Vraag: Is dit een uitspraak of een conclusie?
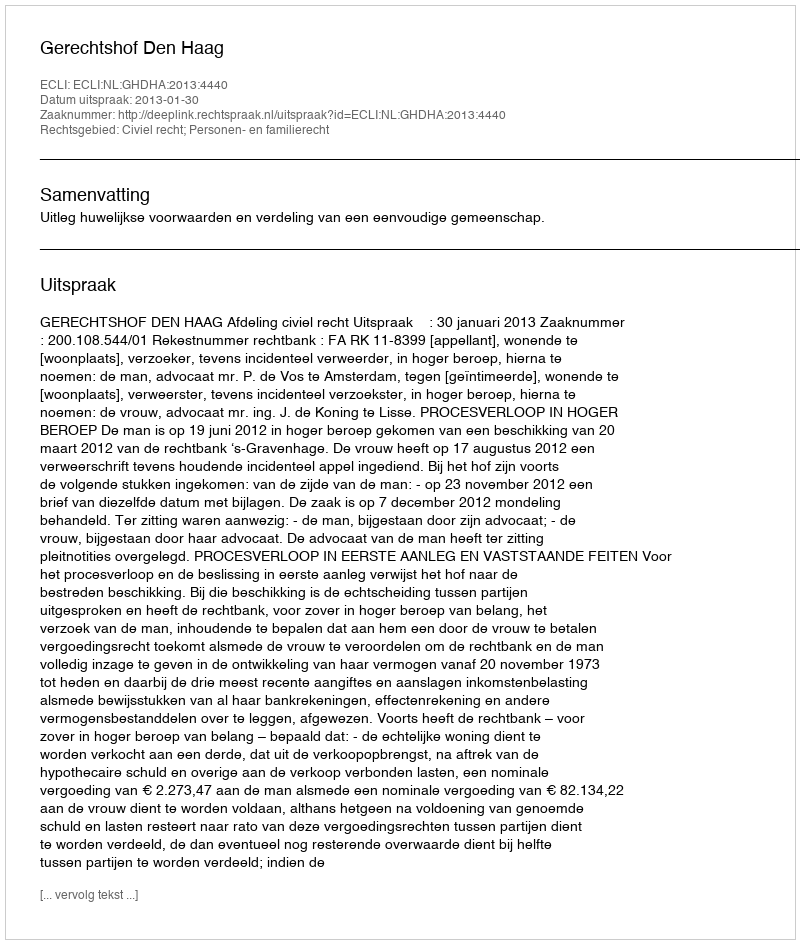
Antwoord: Uitspraak